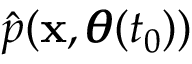
\hat { p } ( \mathbf x , \pmb \theta ( t _ { 0 } ) )